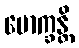
မောက္ခန္တိ